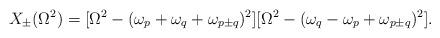
LaTeX: \begin{align*}X_{\pm}(\Omega^2)=[\Omega^2-(\omega_p+\omega_q+\omega_{p \pm q})^2][\Omega^2-(\omega_q-\omega_p+\omega_{p \pm q})^2].\end{align*}